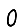
Digit: 0